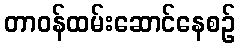
တာဝန်ထမ်းဆောင်နေစဉ်